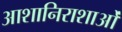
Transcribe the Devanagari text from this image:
आशानिराशाओं